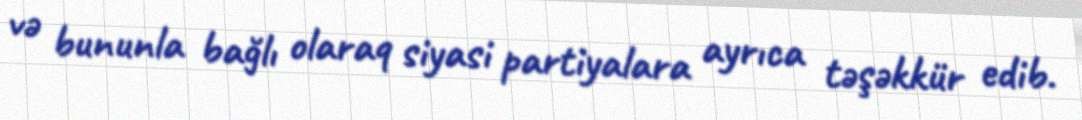
və bununla bağlı olaraq siyasi partiyalara ayrıca təşəkkür edib.